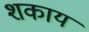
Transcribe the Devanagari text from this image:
शकाय